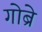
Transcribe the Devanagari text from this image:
गोब्रे